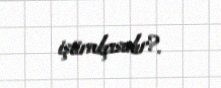
iştirakçısıdır?.